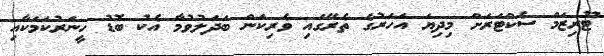
ޓޫރިޒަމް ސެކްޓަރަށް މިދިޔަ އަހަރުގެ ތެރޭގައި ވެރިކަން ބަދަލުވުމާ އެކު ބޮޑު ހީނަރުކަމަކާއި